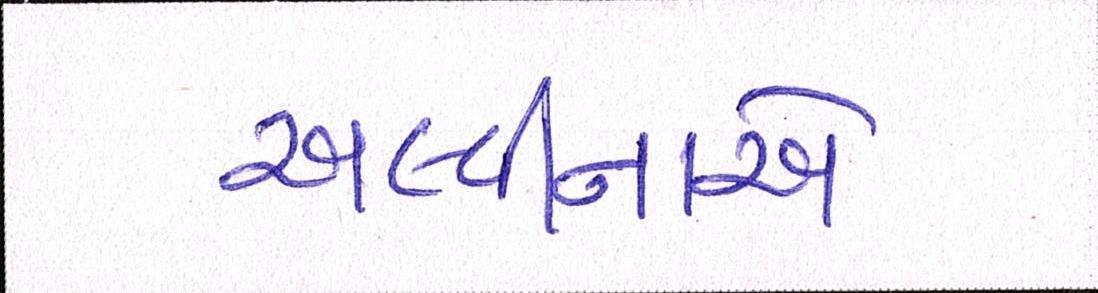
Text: અલ્વીનાએ